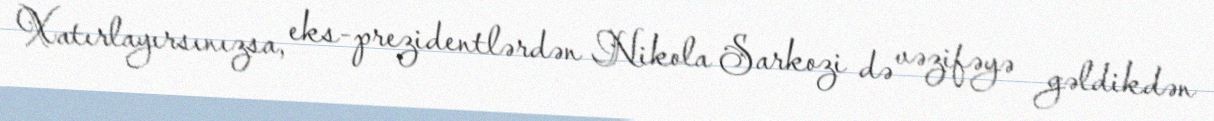
Xatırlayırsınızsa, eks-prezidentlərdən Nikola Sarkozi də vəzifəyə gəldikdən